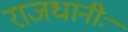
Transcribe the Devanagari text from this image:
राजधानीः